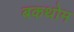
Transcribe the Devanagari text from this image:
बकथोम